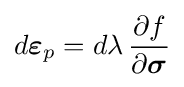
d{\boldsymbol {\varepsilon }}_{p}=d\lambda \,{\frac {\partial f}{\partial {\boldsymbol {\sigma }}}}